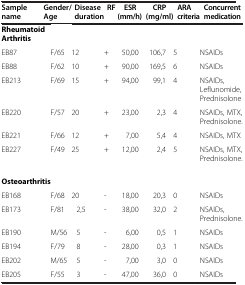
| Sample name | Gender/ Age | Disease duration | RF | ESR (mm/h) | CRP (mg/ml) | ARA criteria | Concurrent medication |
 | --- | --- | --- | --- | --- | --- | --- | --- |
 | Rheumatoid Arthritis |  |  |  |  |  |  |  |
 | EB87 | F/65 | 12 | + | 50,00 | 106,7 | 5 | NSAIDs |
 | EB88 | F/62 | 10 | + | 90,00 | 169,5 | 6 | NSAIDs |
 | EB213 | F/69 | 15 | + | 94,00 | 99,1 | 4 | NSAIDs, Leflunomide, Prednis |
 | EB220 | F/57 | 20 | + | 23,00 | 2,3 | 4 | NSAID, MTX, Prednis. |
 | EB221 | F/66 | 12 | + | 7,00 | 5,4 | 4 | Lantarel, MTX |
 | EB227 | F/49 | 25 | + | 12,00 | 2,4 | 5 | NSAIDs, MTX, Prednis. |
 | Osteoarthritis |  |  |  |  |  |  |  |
 | EB168 | F/68 | 20 | - | 18,00 | 20,3 | 0 | NSAIDs |
 | EB173 | F/81 | 2,5 | - | 38,00 | 32,0 | 2 | NSAIDs, Prednis. |
 | EB190 | M/56 | 5 | - | 6,00 | 0,5 | 1 | NSAIDs |
 | EB194 | F/79 | 8 | - | 28,00 | 0,3 | 1 | NSAIDs |
 | EB202 | M/65 | 5 | - | 7,00 | 3,0 | 0 | NSAIDs |
 | EB205 | F/55 | 3 | - | 47,00 | 36,0 | 0 | NSAIDs |